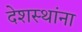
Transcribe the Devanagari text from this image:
देशस्थांना